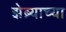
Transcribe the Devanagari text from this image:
झेब्र्याच्या